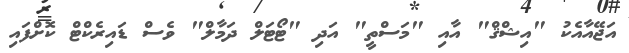
އަޖޭއާއެކު "އިޝްޤް" އާއި "މަސްތީ" އަދި "ޓޯޓަލް ދަމާލް" ވެސް ޑައިރެކްޓް ކޮށްފައި